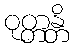
ဝုတ္တန္တိ